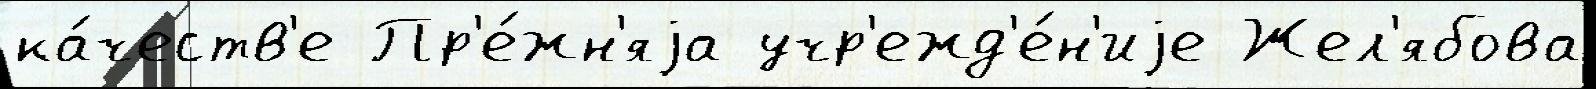
ка́честв'е Пр'е́жн'яjа учр'ежд'е́н'иjе Жел'ябова